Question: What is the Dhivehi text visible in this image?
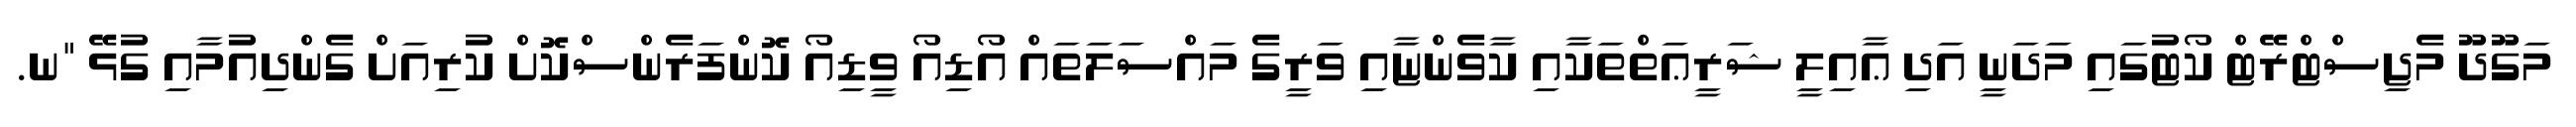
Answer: މަގޫދޫ މެޖިސްޓްރޭޓް ކޯޓުގައި މަދަނީ އަދި ޢާއިލީ ޝަރީޢަތްތަކާއި ކާވެންޏާއި ވަރީގެ މައްސަލަތައް އޯޑިއޯ ވީޑިއޯ ކޮންފަރެންސްކޮށް ކުރިއަށް ގެންދިއުމާއި ގުޅޭ "ނ.